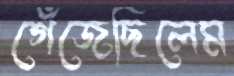
গেঁজেছিলেম